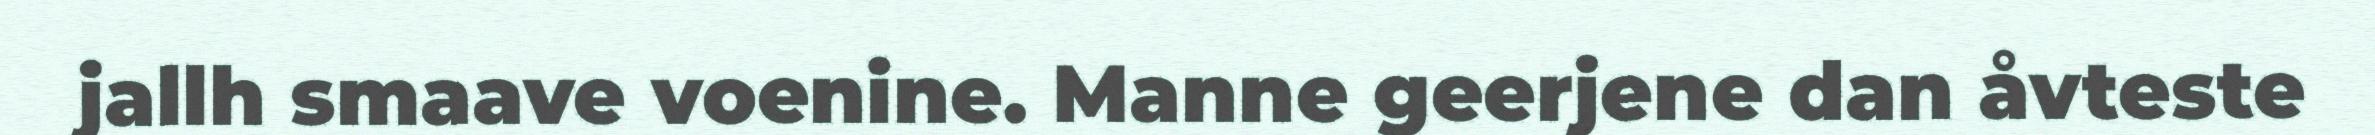
jallh smaave voenine. Manne geerjene dan åvteste